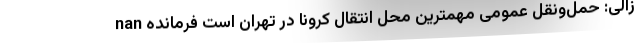
nan زالی: حمل‌ونقل عمومی مهمترین محل انتقال کرونا در تهران است فرمانده